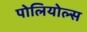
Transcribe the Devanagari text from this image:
पोलियोल्स